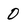
Character: 0